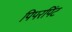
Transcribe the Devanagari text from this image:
पिपरपिंट